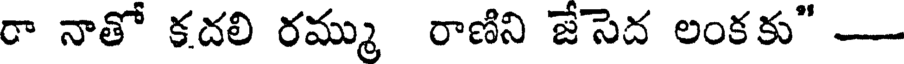
రా నాతో కదలి రమ్ము రాణిని జేసెద లంకకు" -